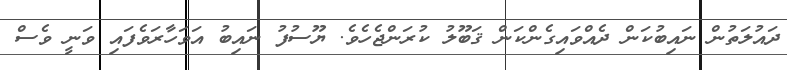
ދައުލަތުން ނައިބުކަން ދެއްވައިގެންކަން ޤަބޫލު ކުރަންޖެހެވެ. ޔޫސުފު ނައިބު އަވަހާރަވެފައި ވަނީ ވެސް